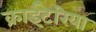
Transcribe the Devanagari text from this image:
क्राईटेरिया